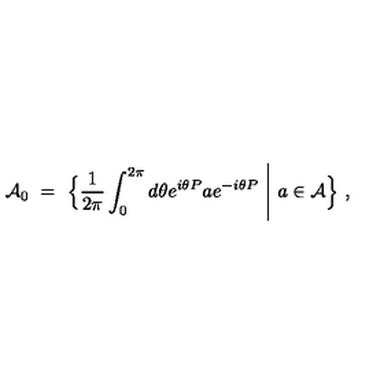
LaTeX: { \mathcal A } _ { 0 } \ = \ \Bigl \{ \frac { 1 } { 2 \pi } \int _ { 0 } ^ { 2 \pi } d \theta e ^ { i \theta P } a e ^ { - i \theta P } \ \Bigg | \ a \in { \mathcal A } \Bigr \} \ ,